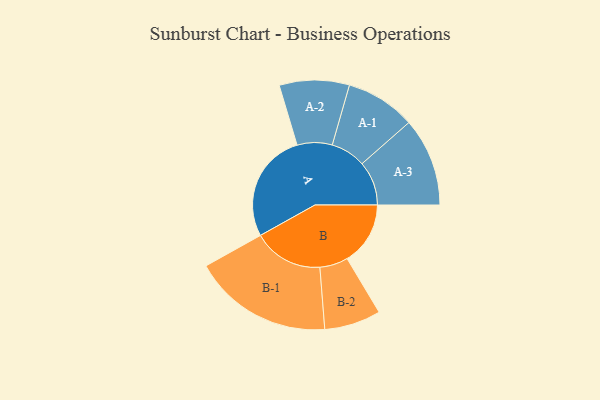
{"axis": {"x": "Segment", "y": "Value"}, "legend": ["", "A", "B"], "data": [{"x": "A", "y": 392, "type": ""}, {"x": "B", "y": 226, "type": ""}, {"x": "A-1", "y": 125, "type": "A"}, {"x": "A-2", "y": 125, "type": "A"}, {"x": "A-3", "y": 158, "type": "A"}, {"x": "B-1", "y": 250, "type": "B"}, {"x": "B-2", "y": 101, "type": "B"}]}